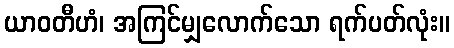
ယာဝတီဟံ၊ အကြင်မျှလောက်သော ရက်ပတ်လုံး။